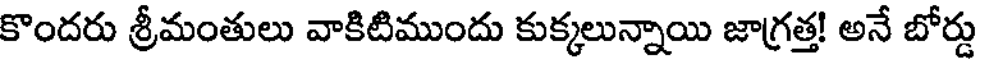
కొందరు శ్రీమంతులు వాకిటిముందు కుక్కలున్నాయి జాగ్రత్త! అనే బోర్డు